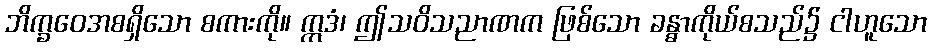
ဘိက္ခဝေအစရှိသော စကားကို။ ဣဒံ၊ ဤသဝိသညာဏက ဖြစ်သော ခန္ဓာကိုယ်စသည်၌ ငါဟူသော